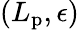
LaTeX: (L_{\mathrm{p}},\epsilon)